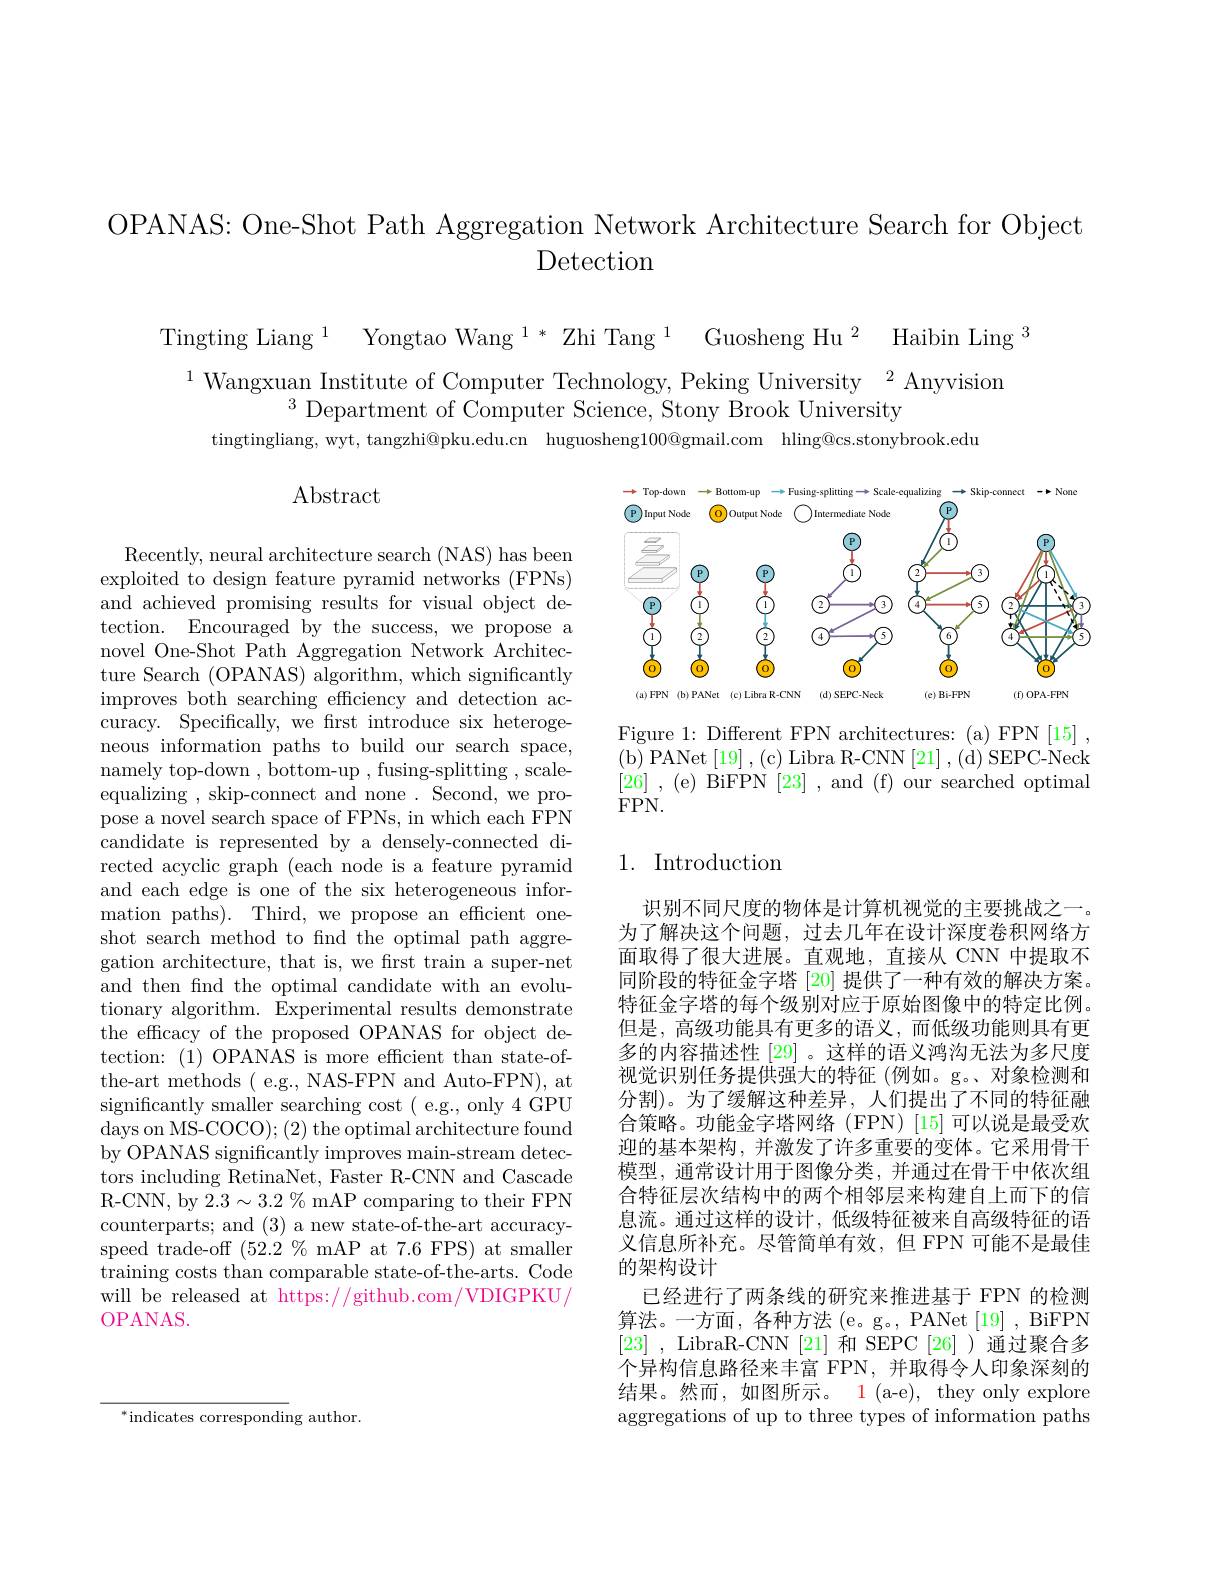
OPANAS: One-Shot Path Aggregation Network Architecture Search for Object
Detection

Tingting Liang $^1$ Yongtao Wang $^{1*}$ Zhi Tang $^1$ Guosheng Hu$^2$ Haibin Ling$^3$

$^{1}$ Wangxuan Institute of Computer Technology, Peking University$^{2}$Anyvision
$^{3}$Department of Computer Science, Stony Brook University
tingtingliang,wyt, tangzhi@pku.edu.cn huguosheng$100@$gmail.com hling@cs.stonybrook.edu

$\operatorname{Abstract}$

<FigureHere>

Figure 1: Different FPN architectures: (a) FPN[15] , ( b) PANet [ 19] , ( c) Libra R- CNN [ 21] , ( d) SEPC- Neck [26] , (e) BiFPN [23] ,and (f)our searched optimal $\dot{\mathrm{FPN}}.$

### 1. Introduction

Recently, neural architecture search (NAS) has been exploited to design feature pyramid networks (FPNs) and achieved promising results for visual object detection. Encouraged by the success, we propose a novel One-Shot Path Aggregation Network Architecture Search (OPANAS) algorithm, which significantly improves both searching efficiency and detection accuracy. Specifically, we frst introduce six heterogeneous information paths to build our search space, namely top-down , bottom-up , fusing-splitting , scaleequalizing , skip-connect and none . Second, we propose a novel search space of FPNs, in which each FPN candidate is represented by a densely-connected directed acyclic graph (each node is a feature pyramid and each edge is one of the six heterogeneous information paths). Third, we propose an efficient oneshot search method to fnd the optimal path aggregation architecture, that is, we frst train a super-net and then fnd the optimal candidate with an evolutionary algorithm. Experimental results demonstrate the efficacy of the proposed OPANAS for object detection: (1) OPANAS is more efficient than state-ofthe-art methods ( e.g., NAS-FPN and Auto-FPN), at significantly smaller searching cost ( e.g., only 4 GPU $\operatorname{days~on~MS-COCO});(2)$ the optimal architecture found by OPANAS significantly improves main-stream detectors including RetinaNet, Faster R-CNN and Cascade R-CNN, by 2.3$\sim3.2\%$ mAP comparing to their FPN counterparts; and (3) a new state-of-the-art accuracyspeed trade-off $(52.2\%$ mAP at 7.6 FPS) at smaller $\dot{\text{training costs than comparable state-of-the-arts. Code}}$ will be released at https://github.com/VDIGPKU/ OPANAS.

识别不同尺度的物体是计算机视觉的主要挑战之一。为了解决这个问题，过去几年在设计深度卷积网络方面取得了很大进展。直观地，直接从 CNN 中提取不同阶段的特征金字塔[20]提供了一种有效的解决方案。特征金字塔的每个级别对应于原始图像中的特定比例。但是，高级功能具有更多的语义，而低级功能则具有更多的内容描述性 [29] 。这样的语义鸿沟无法为多尺度视觉识别任务提供强大的特征(例如。g。、对象检测和分割)。为了缓解这种差异，人们提出了不同的特征融合策略。功能金字塔网络(FPN)[15]可以说是最受欢迎的基本架构，并激发了许多重要的变体。它采用骨干模型，通常设计用于图像分类，并通过在骨干中依次组合特征层次结构中的两个相邻层来构建自上而下的信息流。通过这样的设计，低级特征被来自高级特征的语义信息所补充。尽管简单有效，但 FPN 可能不是最佳的架构设计
已经进行了两条线的研究来推进基于 FPN 的检测算法。一方面，各种方法 (e。g。, PANet [19] , BiFPN [23] , LibraR-CNN [21] 和 SEPC [26])通过聚合多个异构信息路径来丰富 FPN,并取得令人印象深刻的结果。然而，如图所示。1 (a-e), they only explore aggregations of up to three types of information paths

$^{*}$indicates corresponding author.